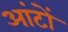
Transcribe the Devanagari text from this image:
आंटों